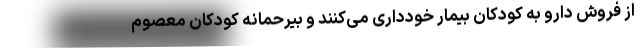
از فروش دارو به کودکان بیمار خودداری می‌کنند و بیرحمانه کودکان معصوم